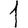
Digit: 1